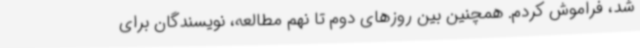
شد، فراموش کردم. همچنین بین روزهای دوم تا نهم مطالعه، نویسندگان برای